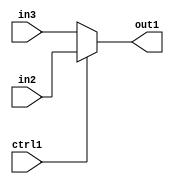
`timescale 1ps / 1ps
/*****************************************************************************
    Verilog RTL Description
    
    Generated at: 23:20:58 EST (-0500), Thursday 19 November 2020
    Generated on: zhang-x1.ece.cornell.edu
    Generated by: jl3952 (Jie Liu)
    
    Created by: Stratus DpOpt 2017.1.02 
    Copyright (c) 2014-2015 Cadence Design Systems. All rights reserved worldwide.
    
    Cadence Design Systems proprietary and confidential
    ===================================================
    
    May contain information that incorporates Cadence Design Systems CellMath
    and other inventions claimed in Pending U.S. Patents.
    
    May contain Cadence Design Systems Trade Secrets of which use, disclosure or
    reproduction is contractually restricted or prohibited.  For more
    information, contact your legal department before any use, disclosure or
    reproduction.
*******************************************************************************/

module dut_N_Muxb_1_2_0_1 (
	in3,
	in2,
	ctrl1,
	out1
	); /* architecture "behavioural" */ 
input  in3,
	in2,
	ctrl1;
output  out1;
wire  asc001;

reg [0:0] asc001_tmp_0;
assign asc001 = asc001_tmp_0;
always @ (ctrl1 or in2 or in3) begin
	case (ctrl1)
		1'B1 : asc001_tmp_0 = in2 ;
		default : asc001_tmp_0 = in3 ;
	endcase
end

assign out1 = asc001;
endmodule

/* CADENCE  uLLyTAs= : u9/ySgnYtBlWxVDRUQkU4ug= ** DO NOT EDIT THIS LINE ******/